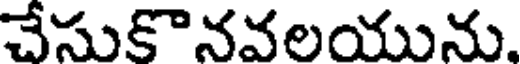
చేసుకొనవలయును.